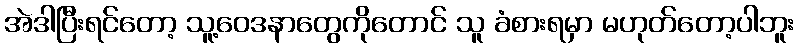
အဲဒါပြီးရင်တော့ သူ့ဝေဒနာတွေကိုတောင် သူ ခံစားရမှာ မဟုတ်တော့ပါဘူး